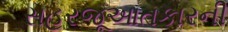
સહરજૂઆતકારની